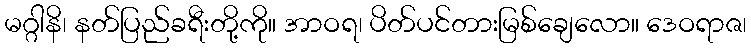
မဂ္ဂါနိ၊ နတ်ပြည်ခရီးတို့ကို။ အာဝရ၊ ပိတ်ပင်တားမြစ်ချေလော။ ဒေဝရာဇ၊